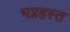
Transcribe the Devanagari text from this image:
भग्नहस्त